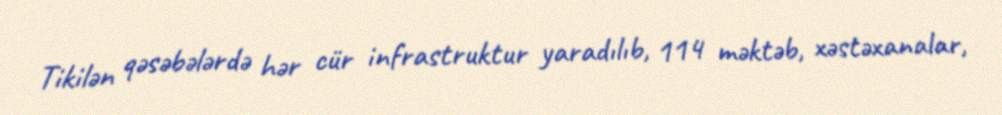
Tikilən qəsəbələrdə hər cür infrastruktur yaradılıb, 114 məktəb, xəstəxanalar,